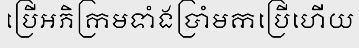
ប្រើអភិក្រមទាំងប្រាំមកប្រើហើយ